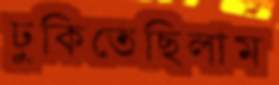
ঢুকিতেছিলাম